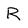
Character: R